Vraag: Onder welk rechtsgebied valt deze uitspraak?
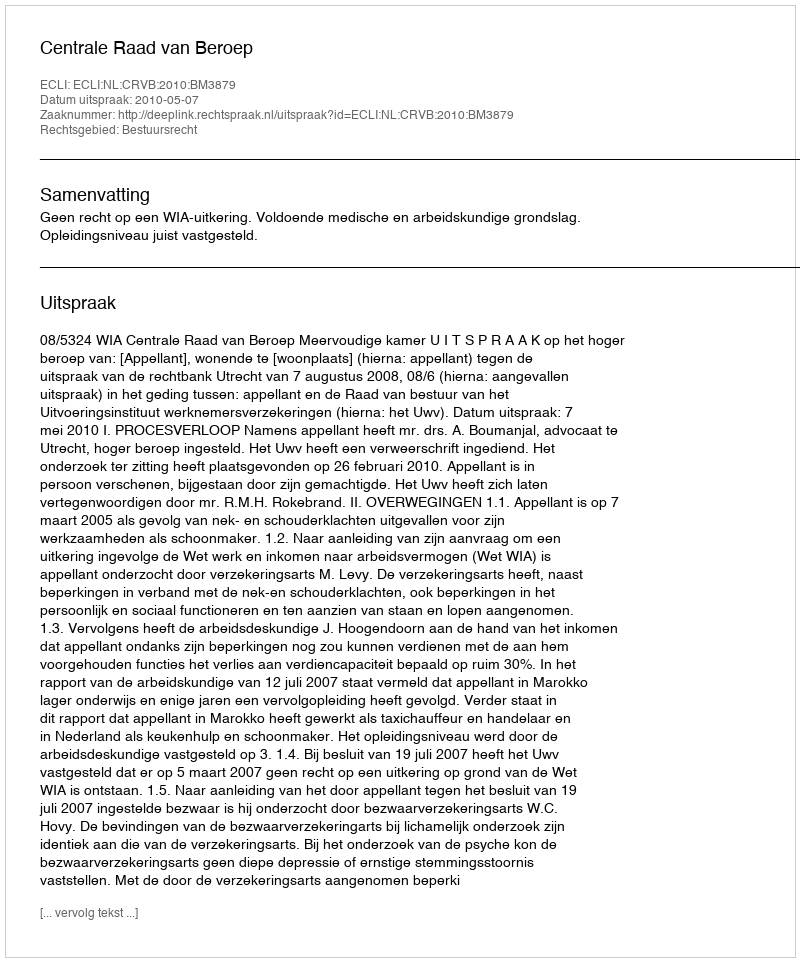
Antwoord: Bestuursrecht